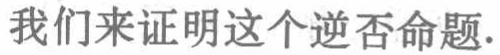
我们来证明这个逆否命题.